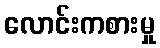
လောင်းကစားမှု